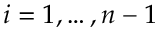
i = 1 , \dots , n - 1